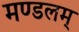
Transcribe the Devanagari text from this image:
मण्डलम्